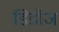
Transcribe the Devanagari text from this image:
डिडोज